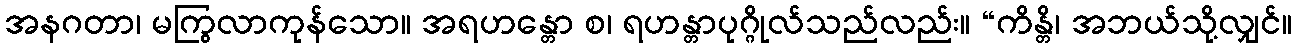
အနဂတာ၊ မကြွလာကုန်သော။ အရဟန္တော စ၊ ရဟန္တာပုဂ္ဂိုလ်သည်လည်း။ “ကိန္တိ၊ အဘယ်သို့လျှင်။